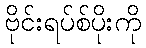
ဗိုင်းရပ်စ်ပိုးကို